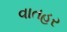
વાતહર